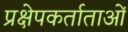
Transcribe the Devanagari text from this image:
प्रक्षेपकर्ताताओं